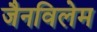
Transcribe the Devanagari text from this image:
जैनविलेम